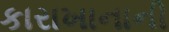
કારાખાનાની